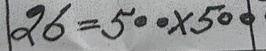
26 = 500 x 500